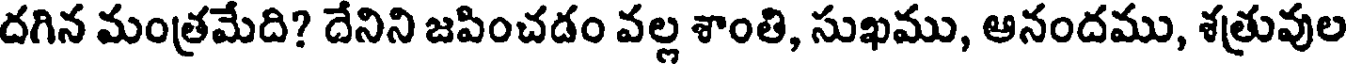
దగిన మంత్రమేది? దేనిని జపించడం వల్ల శాంతి, సుఖము, ఆనందము, శత్రువుల